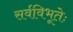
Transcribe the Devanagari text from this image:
सर्वविभूतेः